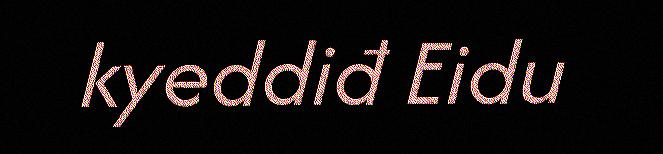
kyeddiđ Eidu